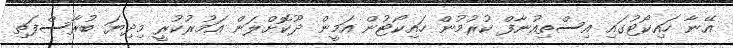
އޭނާ ހައިކޯޓުގައި އިސްތިއުނާފް ކުރުމުން ހައިކޯޓުން އަމީން ދޫކޮށްލަން އަމުރުކުރީ މިދިޔަ ބުރާސްފަތި